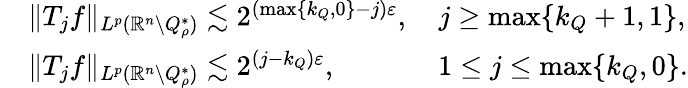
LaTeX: \begin{array}{rl}&{\| T_{j}f\| _{L^{p}(\mathbb{R}^{n}\setminus Q_{\rho}^{*})}\lesssim 2^{(\operatorname*{max}\{ k_{Q},0\} -j)\varepsilon},\quad j\geq\operatorname*{max}\{ k_{Q}+1,1\} ,}\\ &{\| T_{j}f\| _{L^{p}(\mathbb{R}^{n}\setminus Q_{\rho}^{*})}\lesssim 2^{(j-k_{Q})\varepsilon},\quad\quad\quad\; \; 1\leq j\leq\operatorname*{max}\{ k_{Q},0\} .}\end{array}